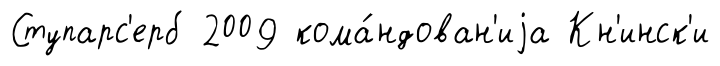
Ступарс'ерб 2009 кома́ндован'иjа Кн'инск'и